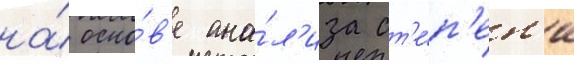
на́ осно́в'е ана́л'иза ст'е́п'ен'и